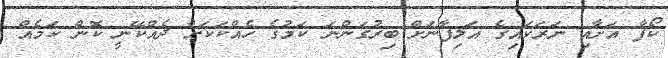
ކޯފާ އަށާއި ނަރަކައިގެ އަލިފާނަށް ބިރުގަންނަ ކަމުގެ ހެއްކަކަށް ދެއްކޭނީ ކޮން ކަމެއް